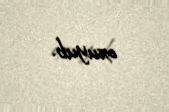
oxuyub.